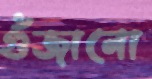
গুঁজানো